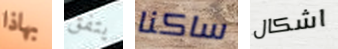
بهاذا يتفق ساكنا اشكال